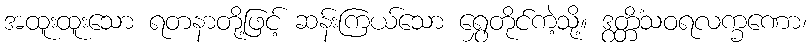
အထူးထူးသော ရတနာတို့ဖြင့် ဆန်းကြယ်သော ရွှေတိုင်ကဲ့သို့။ ဒွတ္တိံသဝရလက္ခဏော၊